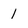
Character: 1